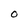
Character: O